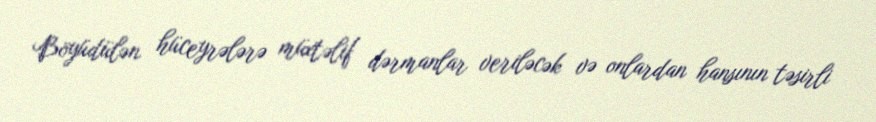
Böyüdülən hüceyrələrə müxtəlif dərmanlar veriləcək və onlardan hansının təsirli